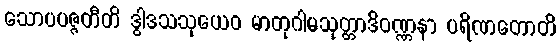
သောပပဇ္ဇတီတိ ဒွါဒသသုယေဝ မာတုဂါမသုတ္တာဒိဝဏ္ဏနာ ပရိဏတောတိ